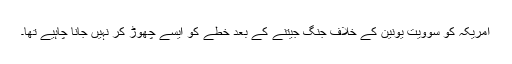
امریکہ کو سوویت یونین کے خلاف جنگ جیتنے کے بعد خطے کو ایسے چھوڑ کر نہیں جانا چاہیے تھا۔